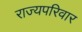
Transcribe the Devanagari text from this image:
राज्यपरिवार